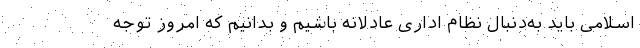
اسلامی باید به‌دنبال نظام اداری عادلانه باشیم و بدانیم که امروز توجه